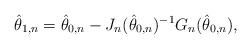
LaTeX: \begin{align*} \hat{\theta}_{1,n} = \hat{\theta}_{0,n} -J_n(\hat{\theta}_{0,n})^{-1} G_n(\hat{\theta}_{0,n}),\end{align*}